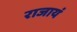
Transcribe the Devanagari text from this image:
राजायं